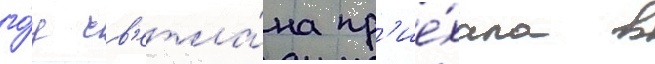
го́д св'етла́на пр'ие́хала в